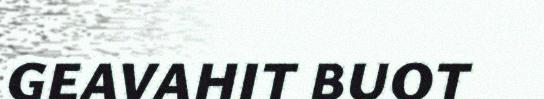
GEAVAHIT BUOT